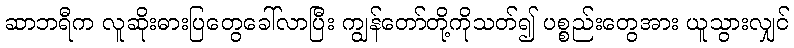
ဆာဘရီက လူဆိုးဓားပြတွေခေါ်လာပြီး ကျွန်တော်တို့ကိုသတ်၍ ပစ္စည်းတွေအား ယူသွားလျှင်